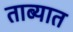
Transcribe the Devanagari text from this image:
ताब्‍यात